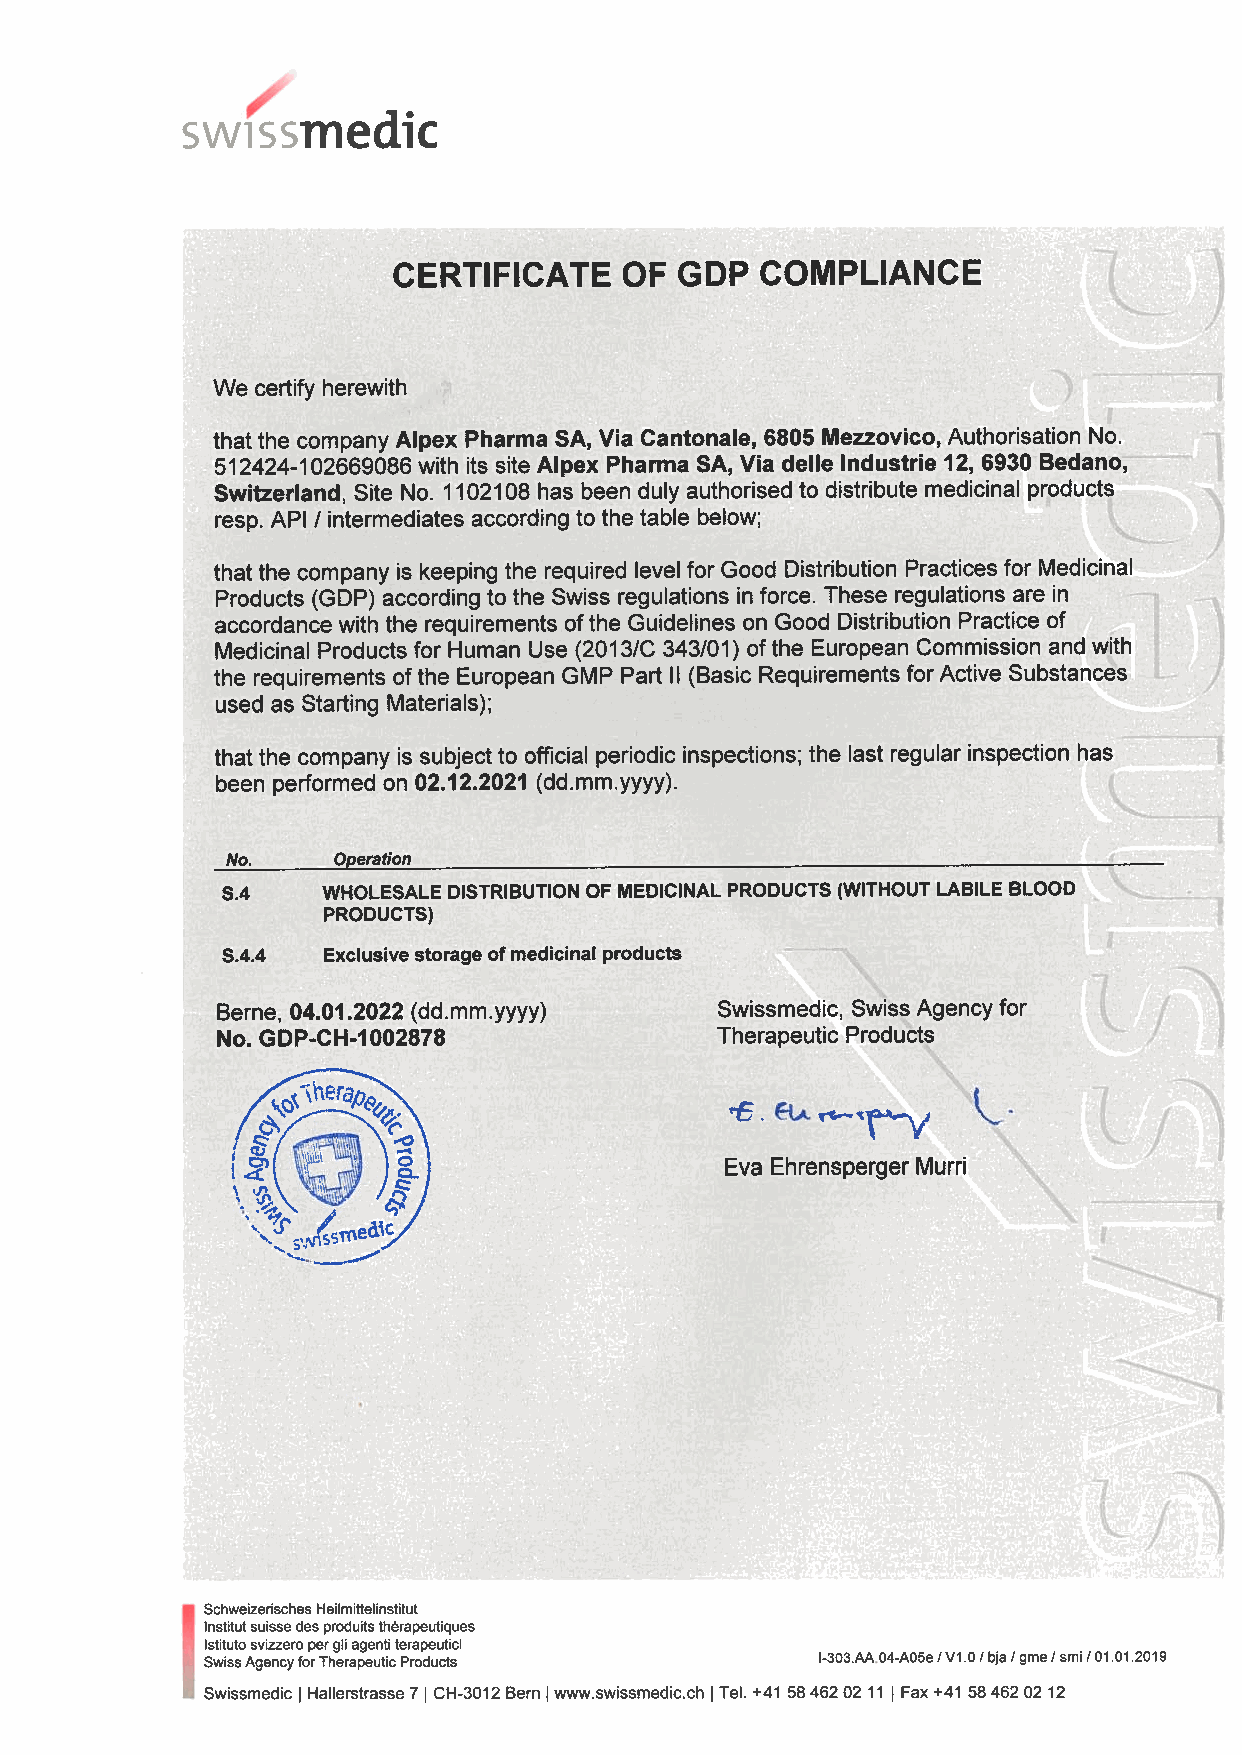
/
 swissmedic
 CERTIFICATE    OF  GOP  COMPLIANCE
 We certify herewith
 that the company Alpex Pharma SA, Via Cantonale, 6805 Mezzovico, Authorisation No.
 512424-102669086 with its site Alpex Pharma SA, Via delle Industrie 12, 6930 Bedano,
 Switzerland, Site No. 1102108 has been duly authorised to distribute medicinal products
 resp. API / intermediates according to the table below;
 that the company is keeping the required level for Good Distribution Practices for Medicinal
 Products (GDP) according to the Swiss regulations in force. These regulations are in
 accordance with the requirements ofthe Guidelines on Good Distribution Practice of
 Medicinal Products for Human Use (2013/C 343/01) ofthe European Commission and with
 the requirements ofthe European GMP Part II (Basic Requirements for Active Substances
 used as Starting Materials);
 that the company is subject to official periodic inspections; the last regular inspection has
 been performed on 02.12.2021 (dd.mm.yyyy).
 No.    Operation
 S.4   WHOLESALE DISTRIBUTION OF MEDICINAL PRODUCTS (WITHOUT LABILE BLOOD
 PRODUCTS)
 S.4.4 Exclusive storage ofmedicinal products
 Berne, 04.01.2022 (dd.mm.yyyy)   Swissmedic, Swiss Agency for
 No. GDP-CH-1002878               Therapeutic Products
 ))
 Eva Ehrensperger Murri
 \4srneai5/
 I
 SchweizerischesHeilmitteiinstitut
 Institutsuissedesproduitstherapeutiques
 Istitutosvizzeropergilagentiterapeutici
 SwissAgencyforTherapeuticProducts       l-303.AA04-A05eIVi.0/bjaIgmeIsmi/01.01.2019
 Swissmedic Hallerstrasse7J CH-3012 Bern www.swissmedic.ch Tel. +41 5846202 11 Fax+41 5846202 12